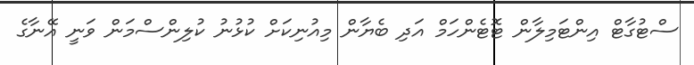
ސްޓުގާޓް އިންޓަމިލާން ޓޮޓެންހަމް އަދި ބެޔާން މިއުނިކަށް ކުޅުނު ކުލިންސްމަން ވަނީ އޭނާގެ